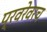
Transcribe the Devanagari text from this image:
प्रवरेवरच